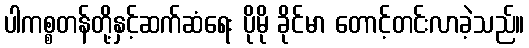
ပါကစ္စတန်တို့နှင့်ဆက်ဆံရေး ပိုမို ခိုင်မာ တောင့်တင်းလာခဲ့သည်။